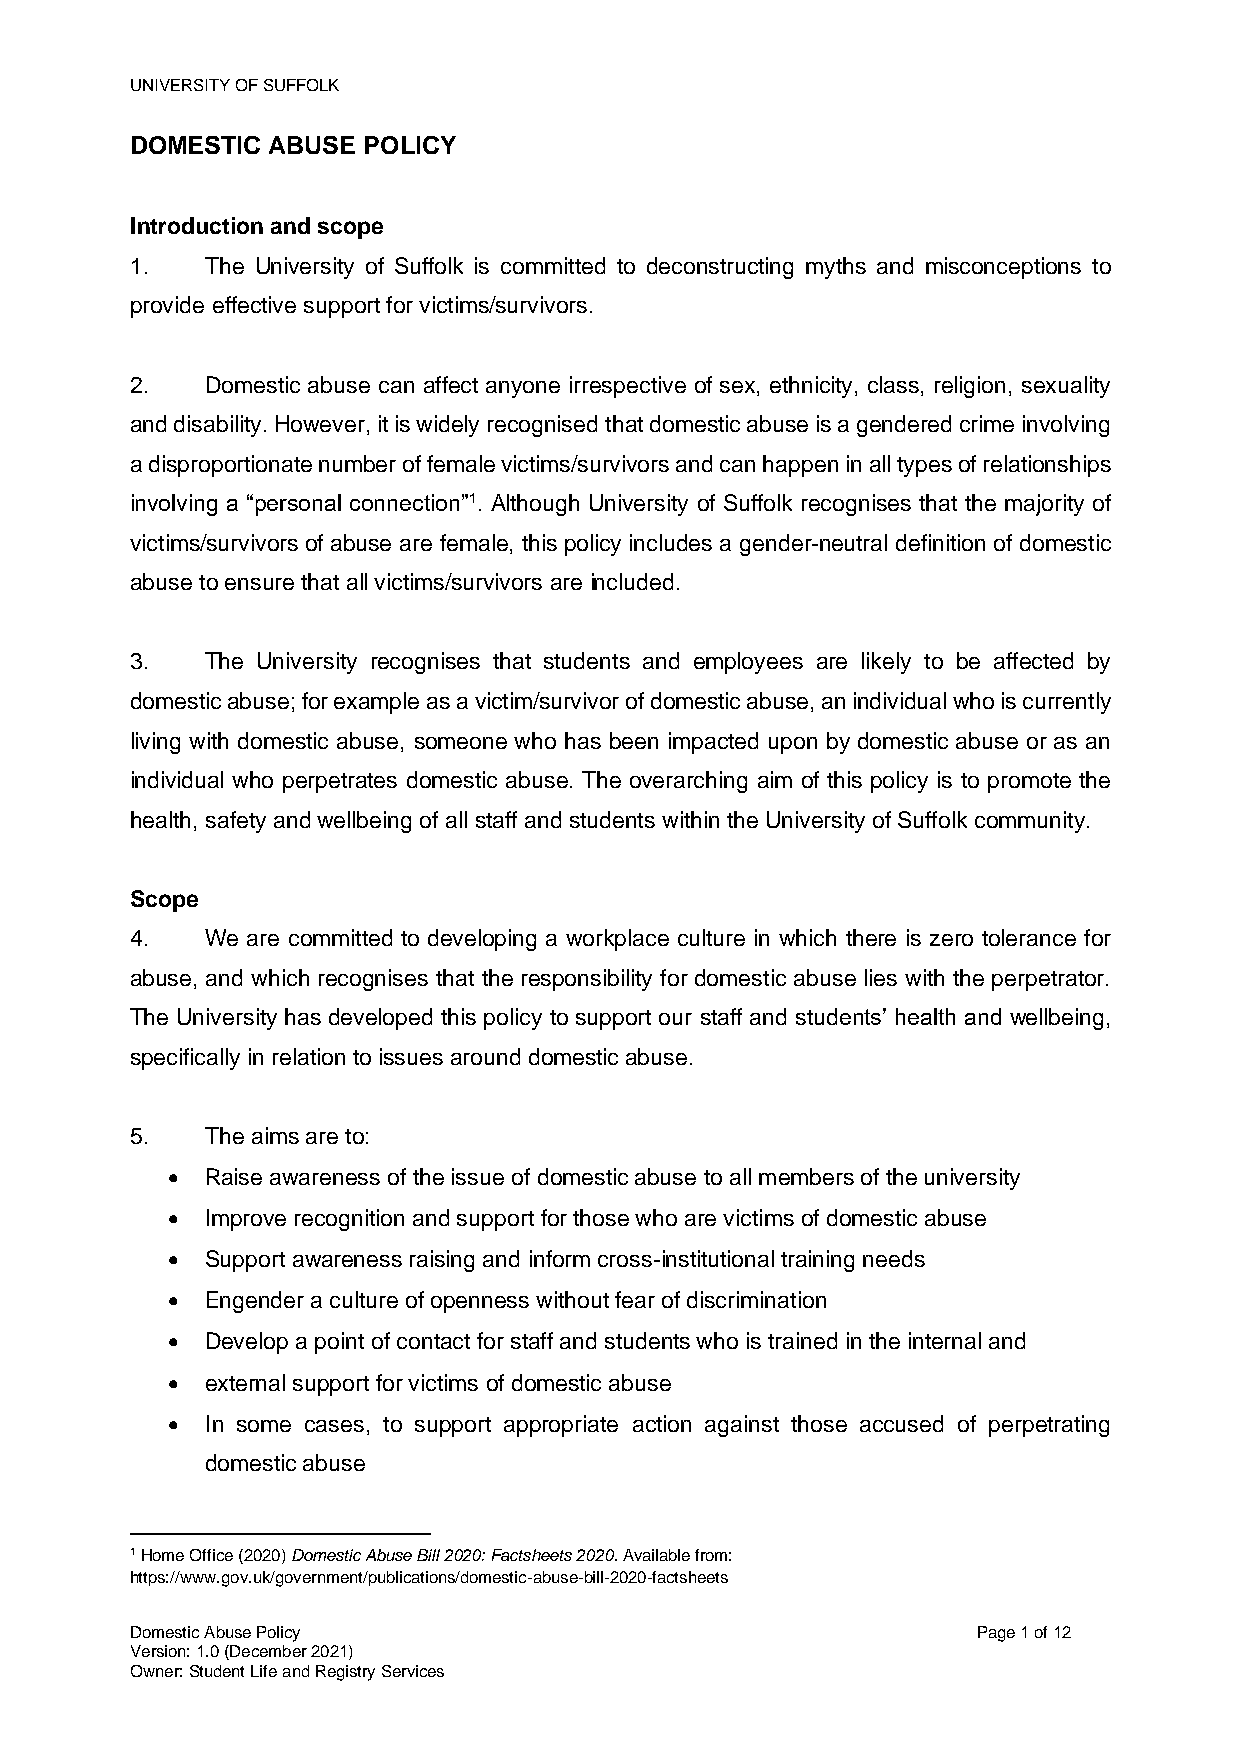
UNIVERSITY OF SUFFOLK
 DOMESTIC ABUSE POLICY
 Introduction and scope
 1.   The University of Suffolk is committed to deconstructing myths and misconceptions to
 provide effective support for victims/survivors.
 2.   Domestic abuse can affect anyone irrespective of sex, ethnicity, class, religion, sexuality
 and disability. However, it is widely recognised that domestic abuse is a gendered crime involving
 a disproportionate number of female victims/survivors and can happen in all types of relationships
 involving a “personal connection”1. Although University of Suffolk recognises that the majority of
 victims/survivors of abuse are female, this policy includes a gender-neutral definition of domestic
 abuse to ensure that all victims/survivors are included.
 3.   The University recognises that students and employees are likely to be affected by
 domestic abuse; for example as a victim/survivor of domestic abuse, an individual who is currently
 living with domestic abuse, someone who has been impacted upon by domestic abuse or as an
 individual who perpetrates domestic abuse. The overarching aim of this policy is to promote the
 health, safety and wellbeing of all staff and students within the University of Suffolk community.
 Scope
 4.   We are committed to developing a workplace culture in which there is zero tolerance for
 abuse, and which recognises that the responsibility for domestic abuse lies with the perpetrator.
 The University has developed this policy to support our staff and students’ health and wellbeing,
 specifically in relation to issues around domestic abuse.
 5.   The aims are to:
 •  Raise awareness of the issue of domestic abuse to all members of the university
 •  Improve recognition and support for those who are victims of domestic abuse
 •  Support awareness raising and inform cross-institutional training needs
 •  Engender a culture of openness without fear of discrimination
 •  Develop a point of contact for staff and students who is trained in the internal and
 •  external support for victims of domestic abuse
 •  In some cases, to support appropriate action against those accused of perpetrating
 domestic abuse
 1 Home Office (2020) Domestic Abuse Bill 2020: Factsheets 2020. Available from:
 https://www.gov.uk/government/publications/domestic-abuse-bill-2020-factsheets
 Domestic Abuse Policy                                   Page 1 of 12
 Version: 1.0 (December 2021)
 Owner: Student Life and Registry Services